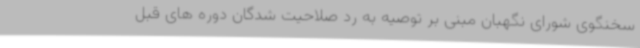
سخنگوی شورای نگهبان مبنی بر توصیه به رد صلاحیت شدگان دوره های قبل